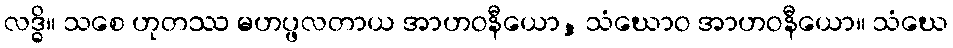
လဒ္ဓိ။ သစေ ဟုတဿ မဟပ္ဖလတာယ အာဟဝနီယော, သံဃောဝ အာဟဝနီယော။ သံဃေ